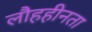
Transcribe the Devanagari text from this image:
लौहहीनता